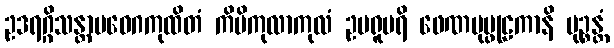
ဥဒရဂ္ဂိသန္တာပဝေဂကုထိတံ ကိမိကုလာကုလံ ဥပရူပရိ ဖေဏပုပ္ဖုဠကာနိ မုဉ္စန္တံ